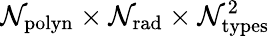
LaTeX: \mathcal{N}_{\mathrm{{polyn}}}\times\mathcal{N}_{\mathrm{{rad}}}\times\mathcal{N}_{\mathrm{{types}}}^{2}